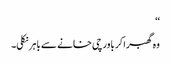
‘‘
وہ گھبرا کر باورچی خانے سے باہر نکلی۔